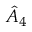
\hat { A } _ { 4 }